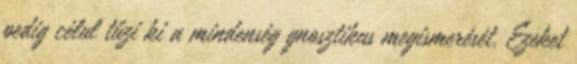
pedig célul tűzi ki a mindenség gnosztikus megismerését. Ezeket